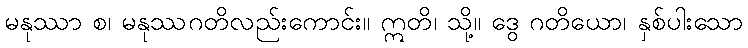
မနုဿာ စ၊ မနုဿဂတိလည်းကောင်း။ ဣတိ၊ သို့။ ဒွေ ဂတိယော၊ နှစ်ပါးသော